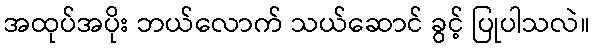
အထုပ်အပိုး ဘယ်လောက် သယ်ဆောင် ခွင့် ပြုပါသလဲ။